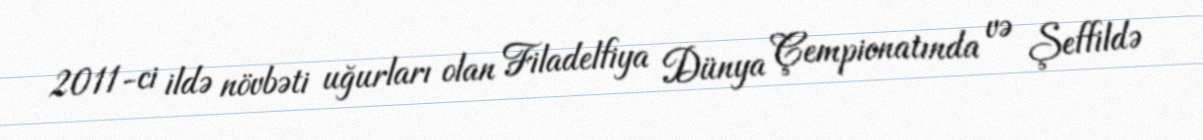
2011-ci ildə növbəti uğurları olan Filadelfiya Dünya Çempionatında və Şeffildə